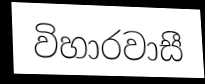
විහාරවාසී